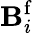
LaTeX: \mathbf{B}_{i}^{\mathrm{f}}